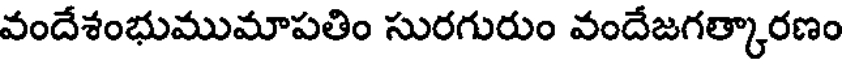
వందేశంభుముమాపతిం సురగురుం వందేజగత్కారణం